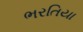
ભરતિયા